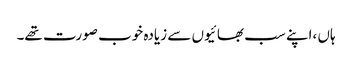
ہاں ،اپنے سب بھائیوں سے زیادہ خوب صورت تھے۔